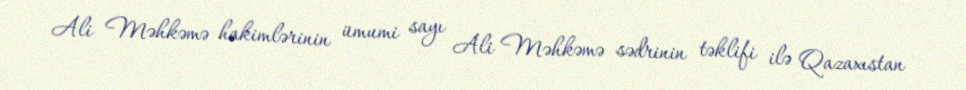
Ali Məhkəmə hakimlərinin ümumi sayı Ali Məhkəmə sədrinin təklifi ilə Qazaxıstan